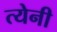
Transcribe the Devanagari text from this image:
त्येनी